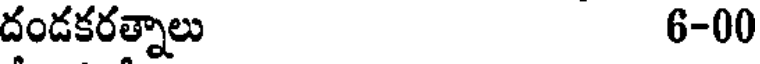
దండకరత్నాలు 6-00